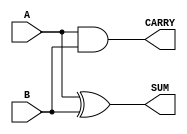
module parameterized_half_adder #(
    parameter WIDTH = 1  // Parameter to define the bit-width (default is 1)
) (
    input  [WIDTH-1:0] A,  // First input
    input  [WIDTH-1:0] B,  // Second input
    output [WIDTH-1:0] SUM, // Sum output
    output [WIDTH-1:0] CARRY // Carry output
);

    // Ensure that the inputs are only 1-bit wide for a half-adder
    generate
        if (WIDTH != 1) begin
            initial begin
                $fatal("WIDTH must be 1 for a half-adder.");
            end
        end
    endgenerate

    // Internal logic for half-adder
    assign SUM = A ^ B;      // SUM = A XOR B
    assign CARRY = A & B;    // CARRY = A AND B

endmodule